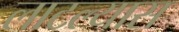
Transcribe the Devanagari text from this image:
लाटल्यास